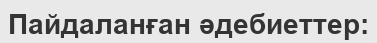
Пайдаланған әдебиеттер: